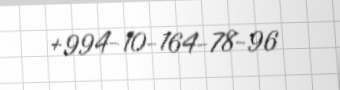
+994-10-164-78-96